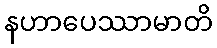
နဟာပေဿာမာတိ